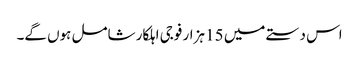
اس دستے میں 15 ہزار فوجی اہلکار شامل ہوں گے۔